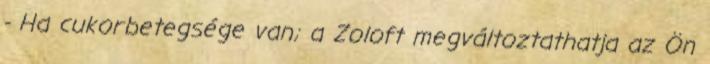
- Ha cukorbetegsége van; a Zoloft megváltoztathatja az Ön